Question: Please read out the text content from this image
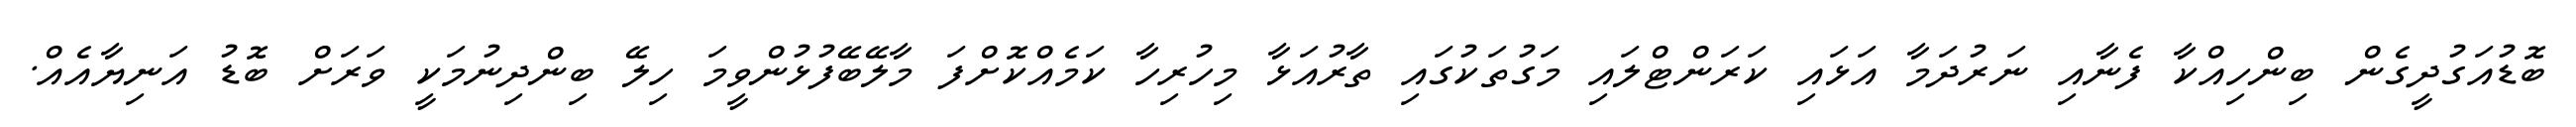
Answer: ބޮޑުއަގުދީގެން ބިންހިއްކާ ފެނާއި ނަރުދަމާ އަޅައި ކަރަންޓްލައި މަގުތަކުގައި ތާރުއަޅާ މިހުރިހާ ކަމެއްކޮށްފަ މާލޭބޭފުޅުންވީމަ ހިލޭ ބިންދިނުމަކީ ވަރަށް ބޮޑު އަނިޔާއެއް.